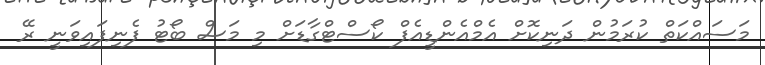
މަސައްކަތް ކުރަމުން ދަނިކޮށް އެމްއެންޑީއެފް ކޯސްޓްގާޑަށް މި މަސް ބޯޓު ފެނިފައިވަނީ ރޭ